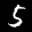
Label: 5